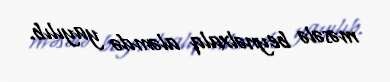
məsələ beynəlxalq aləmdə yayılıb.